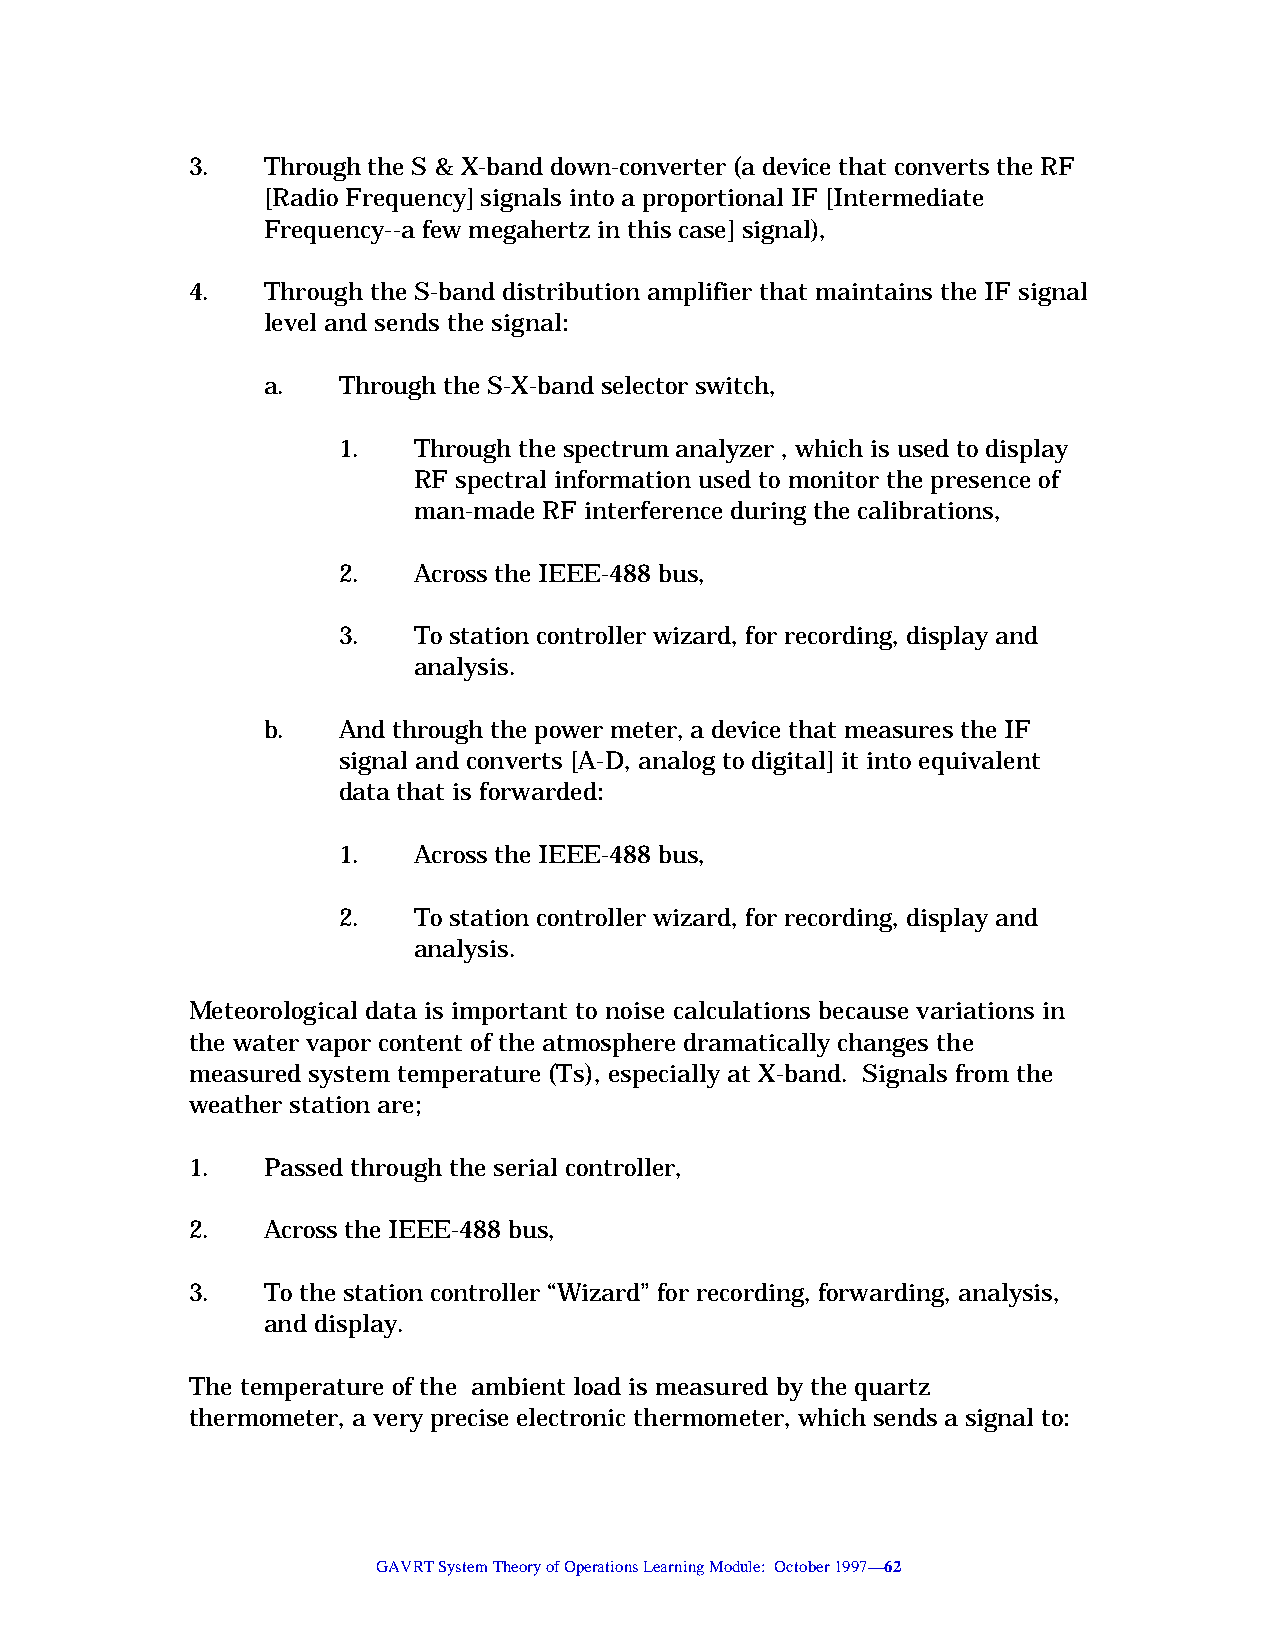
3.   Through the S & X-band down-converter (a device that converts the RF
 [Radio Frequency] signals into a proportional IF [Intermediate
 Frequency--a few megahertz in this case] signal),
 4.   Through the S-band distribution amplifier that maintains the IF signal
 level and sends the signal:
 a.   Through the S-X-band selector switch,
 1.   Through the spectrum analyzer , which is used to display
 RF spectral information used to monitor the presence of
 man-made RF interference during the calibrations,
 2.   Across the IEEE-488 bus,
 3.   To station controller wizard, for recording, display and
 analysis.
 b.   And through the power meter, a device that measures the IF
 signal and converts [A-D, analog to digital] it into equivalent
 data that is forwarded:
 1.   Across the IEEE-488 bus,
 2.   To station controller wizard, for recording, display and
 analysis.
 Meteorological data is important to noise calculations because variations in
 the water vapor content of the atmosphere dramatically changes the
 measured system temperature (Ts), especially at X-band. Signals from the
 weather station are;
 1.   Passed through the serial controller,
 2.   Across the IEEE-488 bus,
 3.   To the station controller “Wizard” for recording, forwarding, analysis,
 and display.
 The temperature of the ambient load is measured by the quartz
 thermometer, a very precise electronic thermometer, which sends a signal to:
 GAVRT System Theory of Operations Learning Module: October 1997—62